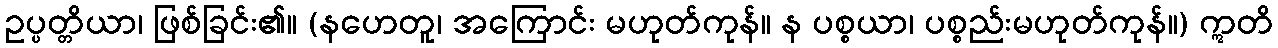
ဥပ္ပတ္တိယာ၊ ဖြစ်ခြင်း၏။ (နဟေတူ၊ အကြောင်း မဟုတ်ကုန်။ န ပစ္စယာ၊ ပစ္စည်းမဟုတ်ကုန်။) ဣတိ